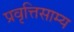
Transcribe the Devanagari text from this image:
प्रवृत्तिसाम्य